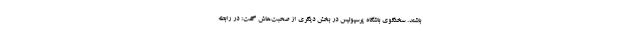
باشند. سخنگوی باشگاه پرسپولیس در بخش دیگری از صحبت‌هاش گفت: در رابطه